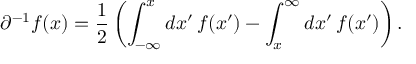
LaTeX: \partial ^ { - 1 } f ( x ) = \frac { 1 } { 2 } \left( \int _ { - \infty } ^ { x } d x ^ { \prime } \, f ( x ^ { \prime } ) - \int _ { x } ^ { \infty } d x ^ { \prime } \, f ( x ^ { \prime } ) \right) .